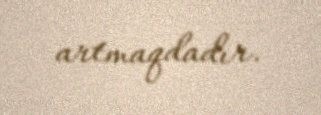
artmaqdadır.